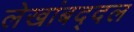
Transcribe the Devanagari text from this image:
लेखांबद्दल